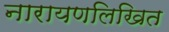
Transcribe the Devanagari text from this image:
नारायणलिखित